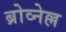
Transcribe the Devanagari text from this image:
ब्रोव्नेल्ल